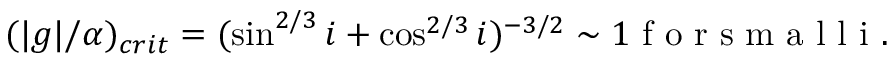
( | g | / \alpha ) _ { c r i t } = ( \sin ^ { 2 / 3 } i + \cos ^ { 2 / 3 } i ) ^ { - 3 / 2 } \sim 1 \mathrm { ~ f ~ o ~ r ~ s ~ m ~ a ~ l ~ l ~ i ~ . ~ }